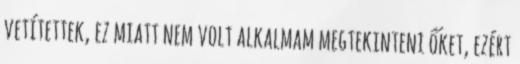
vetítettek, ez miatt nem volt alkalmam megtekinteni őket, ezért